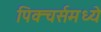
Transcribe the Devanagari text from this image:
पिक्‍चर्समध्ये